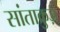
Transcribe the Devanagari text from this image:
सांताक्रुज़